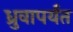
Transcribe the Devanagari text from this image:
ध्रुवापर्यंत